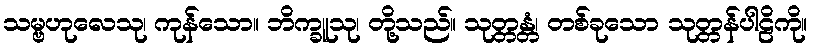
သမ္ဗဟုလေသု၊ ကုန်သော။ ဘိက္ခူသု၊ တို့သည်။ သုတ္တန္တံ၊ တစ်ခုသော သုတ္တန်ပါဠိကို။